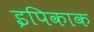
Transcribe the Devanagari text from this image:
इपिकाक